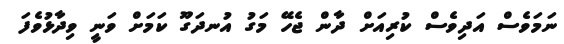
ނަމަވެސް އަދިވެސް ކުރިއަށް ދާން ޖެހޭ މަގު އުނދަގޫ ކަމަށް ވަނީ ވިދާޅުވެފަ